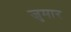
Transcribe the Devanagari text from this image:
जुमार